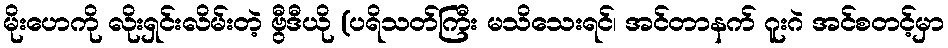
မိုးဟေကို လိုးရှင်းလိမ်းတဲ့ ဗွီဒီယို (ပရိသတ်ကြီး မသိသေးရင်၊ အင်တာနက် ဂူးဂဲ အင်စတင့်မှာ